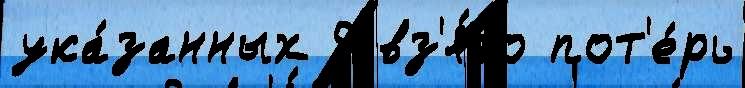
ука́занных 9 вз'я́то пот'е́рь